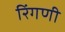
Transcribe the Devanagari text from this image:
रिंगणी